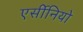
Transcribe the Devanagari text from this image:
एर्सीनियो